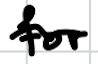
Text: for
Cross-out: wave
Writing tool: digital_black